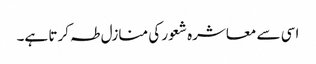
اسی سے معاشرہ شعور کی منازل طہ کرتا ہے۔